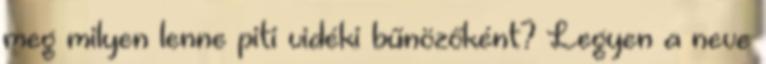
meg milyen lenne piti vidéki bűnözőként? Legyen a neve